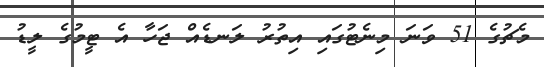
މެޗުގެ 51 ވަނަ މިނެޓުގައި އިތުރު ލަނޑެއް ޖަހާ އެ ޓީމުގެ ލީޑު